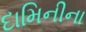
દામિનીના